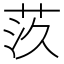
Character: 𦮛